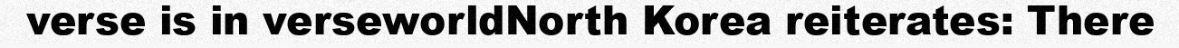
verse is in verseworldNorth Korea reiterates: There